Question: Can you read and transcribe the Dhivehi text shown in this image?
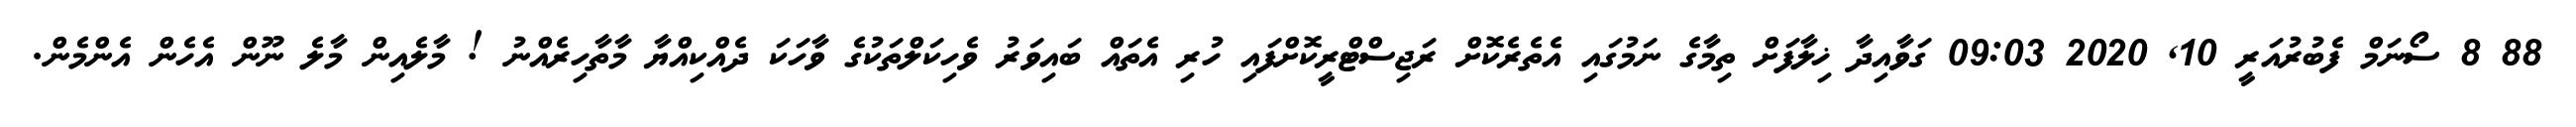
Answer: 88 8 ސޯނަމް ފެބުރުއަރީ 10, 2020 09:03 ގަވާއިދާ ޚިލާފަށް ތިމާގެ ނަމުގައި އެތެރެކޮށް ރަޖިސްޓްރީކޮށްފައި ހުރި އެތައް ބައިވަރު ވެހިކަލްތަކުގެ ވާހަކަ ދެއްކިއްޔާ މާތާހިރެއްނު ! މާލެއިން މާލެ ނޫން އެހެން އެންމެން.